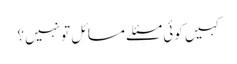
کہیں کوئی مسئلے مسائل تو نہیں؟